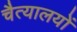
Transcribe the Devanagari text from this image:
चैत्यालयों